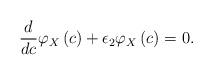
LaTeX: \begin{align*} \frac{d}{{dc}}{\varphi _X}\left( c \right) + {\epsilon _2}{\varphi _X}\left( c \right) = 0.\end{align*}